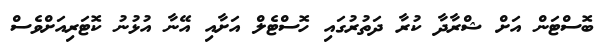
ބޮސްޓަން އަށް ޝްރާދާ ކުރާ ދަތުރުގައި ހޮސްޓެލް އަށާއި އޭނާ އުޅުނު ކޮޓަރިއަށްވެސް